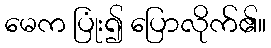
မေက ပြုံး၍ ပြောလိုက်၏။